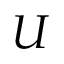
U